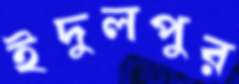
ইদুলপুর